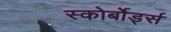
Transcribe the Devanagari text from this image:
स्कोर्बोर्ड्स